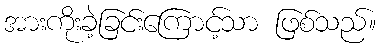
အားကိုးခဲ့ခြင်းကြောင့်သာ ဖြစ်သည်။